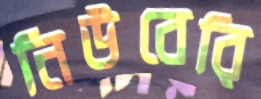
নিউবেরি